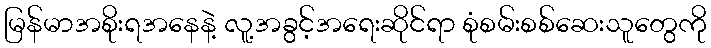
မြန်မာအစိုးရအနေနဲ့ လူ့အခွင့်အရေးဆိုင်ရာ စုံစမ်းစစ်ဆေးသူတွေကို